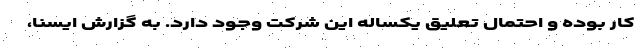
کار بوده و احتمال تعلیق یکساله این شرکت وجود دارد. به گزارش ایسنا،